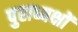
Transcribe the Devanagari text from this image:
पुराध्यक्षों